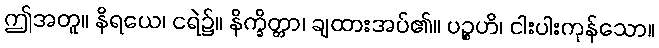
ဤအတူ။ နိရယေ၊ ငရဲ၌။ နိက္ခိတ္တာ၊ ချထားအပ်၏။ ပဉ္စဟိ၊ ငါးပါးကုန်သော။